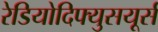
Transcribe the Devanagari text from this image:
रेडियोदिफ्युसयूर्स